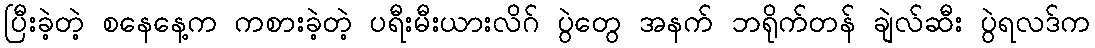
ပြီးခဲ့တဲ့ စနေနေ့က ကစားခဲ့တဲ့ ပရီးမီးယားလိဂ် ပွဲတွေ အနက် ဘရိုက်တန် ချဲလ်ဆီး ပွဲရလဒ်က